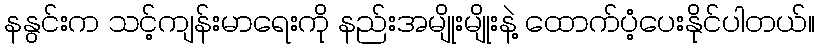
နနွင်းက သင့်ကျန်းမာရေးကို နည်းအမျိုးမျိုးနဲ့ ထောက်ပံ့ပေးနိုင်ပါတယ်။